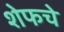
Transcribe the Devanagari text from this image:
शेफचे